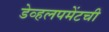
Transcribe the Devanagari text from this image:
डेव्हलपमेंटची